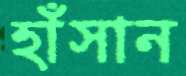
হাঁসান